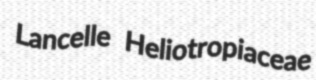
Lancelle Heliotropiaceae